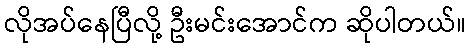
လိုအပ်နေပြီလို့ ဦးမင်းအောင်က ဆိုပါတယ်။